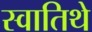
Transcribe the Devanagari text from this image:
स्वातिथे